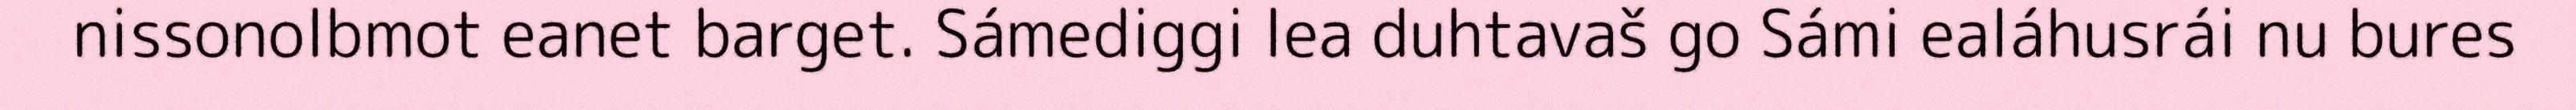
nissonolbmot eanet barget. Sámediggi lea duhtavaš go Sámi ealáhusrái nu bures